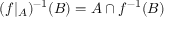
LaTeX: ( f \vert _ { A } ) ^ { - 1 } ( B ) = A \cap f ^ { - 1 } ( B )